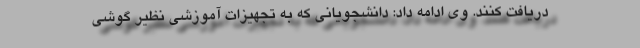
دریافت کنند. وی ادامه داد: دانشجویانی که به تجهیزات آموزشی نظیر گوشی